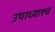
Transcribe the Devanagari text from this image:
उपाध्याश्च